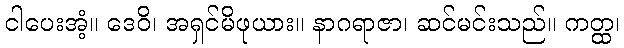
ငါပေးအံ့။ ဒေဝိ၊ အရှင်မိဖုယား။ နာဂရာဇာ၊ ဆင်မင်းသည်။ ကတ္ထ၊